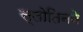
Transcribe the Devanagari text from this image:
स्लोतिनने